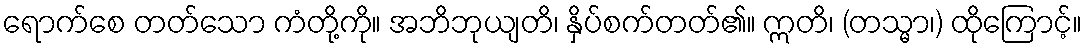
ရောက်စေ တတ်သော ကံတို့ကို။ အဘိဘုယျတိ၊ နှိပ်စက်တတ်၏။ ဣတိ၊ (တသ္မာ၊) ထိုကြောင့်။